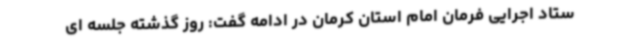
ستاد اجرایی فرمان امام استان کرمان در ادامه گفت: روز گذشته جلسه ای